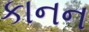
કાનન